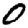
Digit: 0